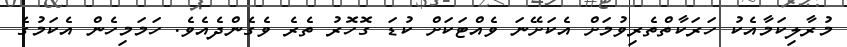
މުރާލިކަމާއެކު ހަރަކާތްތެރިވުމަށް އެކަށޭނަ ވެއްޓަކަށް ކުޑަ ގޮހޮރު ތެރެ ވެގެންދެއެވެ. ހަމަމިހެން އެކަމުގެ